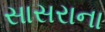
સાસરાના